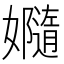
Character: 𫲙